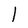
Character: l